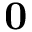
\mathbf { 0 }